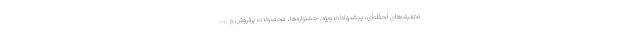
تخفیف‌های لحظه‌ای، پیشنهادات ویژه، جشنواره‌ها، محصولات پرفروش و ....